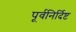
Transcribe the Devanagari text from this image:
पूर्वनिर्दिष्ट